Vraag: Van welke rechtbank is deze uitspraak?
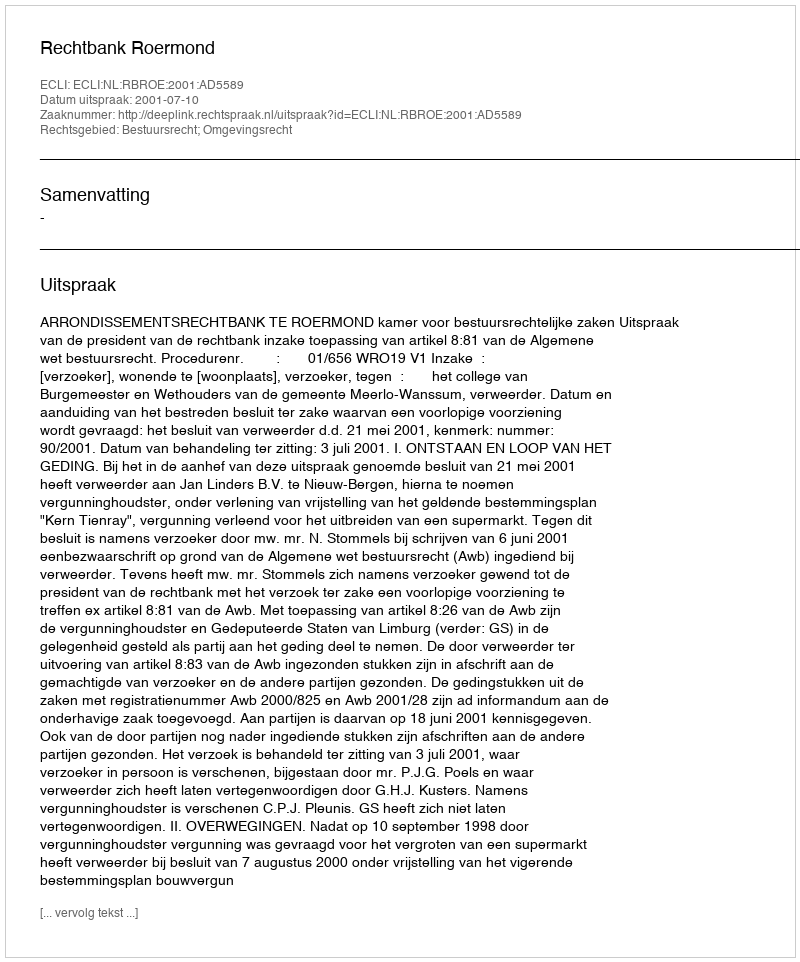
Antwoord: Rechtbank Roermond